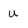
Character: U